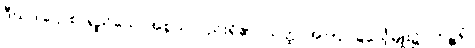
ဒီဃဒါဌောစ၊ ရှည်သောအစွယ်လည်းရှိ၏။ ယတ္ထ၊ အကြင်ခြင်္သေ့မျိုး၌။ ကုဉ္ဇရံ၊